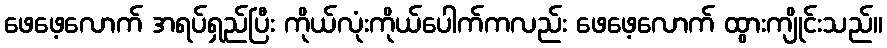
ဖေဖေ့လောက် အရပ်ရှည်ပြီး ကိုယ်လုံးကိုယ်ပေါက်ကလည်း ဖေဖေ့လောက် ထွားကျိုင်းသည်။